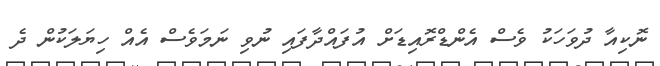
ނޮކިއާ ދުވަހަކު ވެސް އެންޑްރޮއިޑަށް އުފައްދާފައި ނުވި ނަމަވެސް އެއް ހިޔަލަކުން ދެ